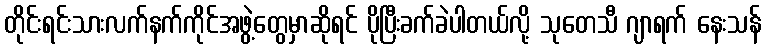
တိုင်းရင်းသားလက်နက်ကိုင်အဖွဲ့တွေမှာဆိုရင် ပိုပြီးခက်ခဲပါတယ်လို့ သုတေသီ ဂျာရက် နေးသန်